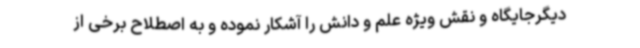
دیگرجایگاه و نقش ویژه علم و دانش را آشکار نموده و به اصطلاح برخی از